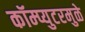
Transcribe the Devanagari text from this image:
कॉम्प्युटरमुळे